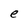
Character: e